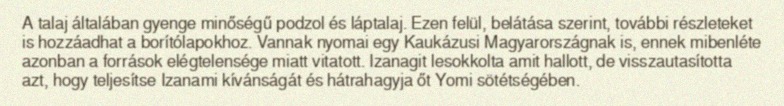
A talaj általában gyenge minőségű podzol és láptalaj. Ezen felül, belátása szerint, további részleteket is hozzáadhat a borítólapokhoz. Vannak nyomai egy Kaukázusi Magyarországnak is, ennek mibenléte azonban a források elégtelensége miatt vitatott. Izanagit lesokkolta amit hallott, de visszautasította azt, hogy teljesítse Izanami kívánságát és hátrahagyja őt Yomi sötétségében.